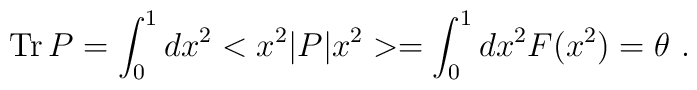
\mbox{Tr}\,P=\int_{0}^{1}dx^2<x^2|P|x^2>=\int_{0}^{1}dx^2F(x^2)=\theta \,\,.